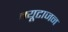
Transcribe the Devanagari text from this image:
म्यूटाजन